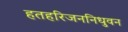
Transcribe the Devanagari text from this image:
हतहरिजननिधुवन